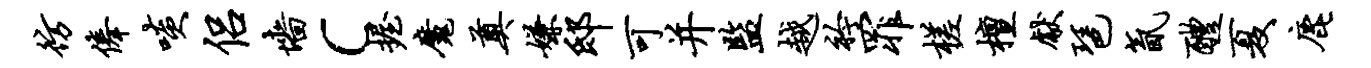
彷俸啖侣墙c握魔奠嫌邸可并监越衿罪槎檀献琶氤醴夏鹿